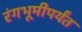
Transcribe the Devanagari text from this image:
रंगभूमीपर्यंत